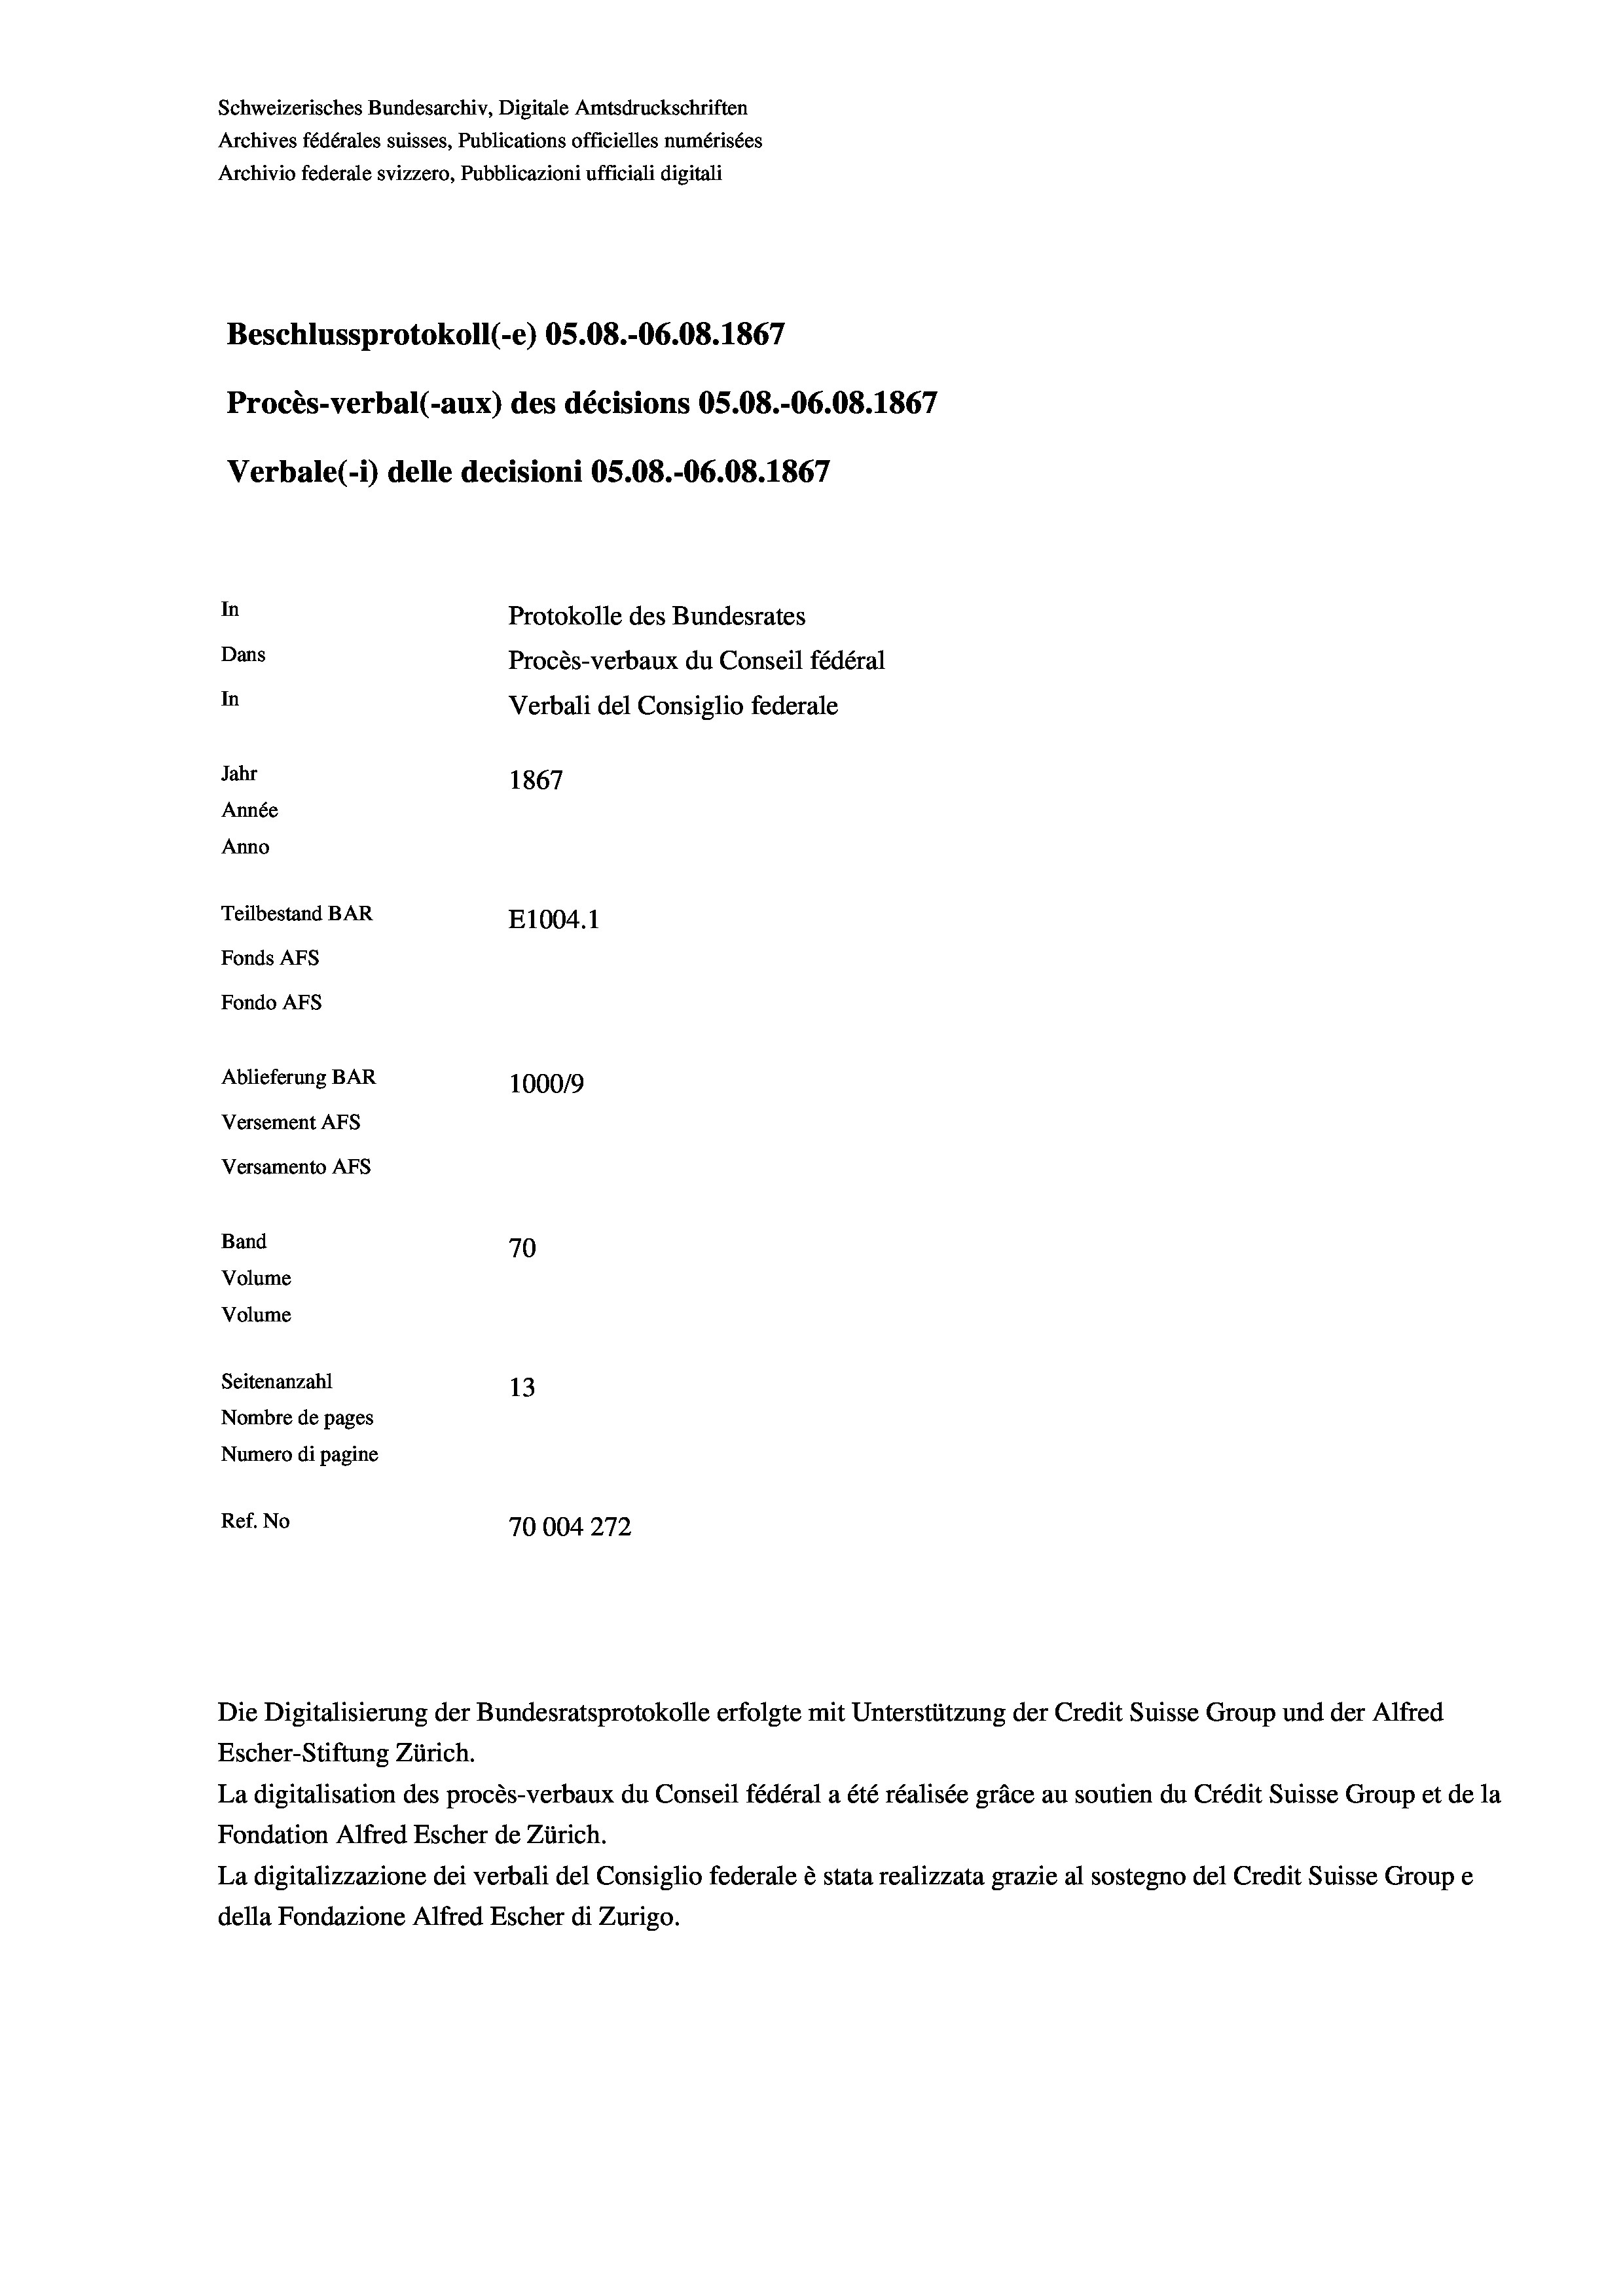
Schweizerisches Bundesarchiv, Digitale Amtsdruckschriften
Archives fédérales suisses, Publications officielles numérisées
Archivio federale svizzero, Pubblicazioni ufficiali digitali
Beschlussprotokoll (-e) 05.08.-06.08. 1867
Procès-verbal (-aux) des décisions OS.08.-06.08. 1867
Verbale(-*) delle decisioni OS.08.-06.08. 1867
In
Protokolle des Bundesrates
Dans
Procès-verbaux du Conseil fédéral
In
Verbali del Consiglio federale
Jahr
1867
Année
Anno
Teilbestand BAR
E1004.1
Fonds AFs
Fondo AFS
Ablieferung BAR
100019
Versement AFs
Versamento AFs
Band
70
Volume
Volume
Seitenanzahl
13
Nombre de pages
Numero di pagine
Ref. No
70004272

Escher-Stiftung Zürich.
La digitalisation des procès-verbaux du Conseil fédéral a été réalisée gräce au soutien du Crédit Suisse Group et de la
Fondation Alfred Escher de Zürich.
La digitalizzazione dei verbali del Consiglio federale è stata realizzata grazie al sostegno del Credit Suisse Groupe
della Fondazione Alfred Escher di Zurigo.

Die Digitalisierung der Bundesratsprotokolle erfolgte mit Unterstützung der Credit Suisse Group und der Alfred